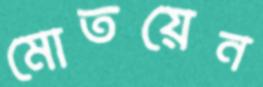
মোতয়েন